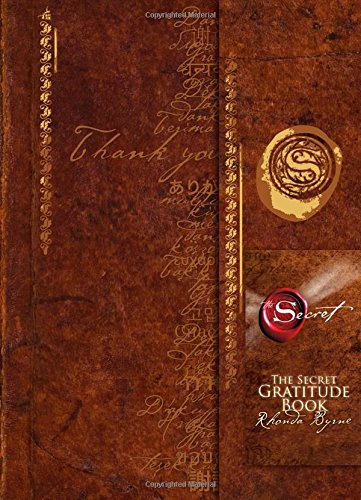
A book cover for The Secret Gratitude Book; Rhonda Byrne; Self-Help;